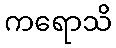
ကရောသိ